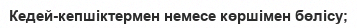
Кедей-кепшіктермен немесе көршімен бөлісу;